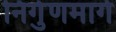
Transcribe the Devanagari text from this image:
निर्गुणमार्ग